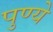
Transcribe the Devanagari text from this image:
पुण्ये